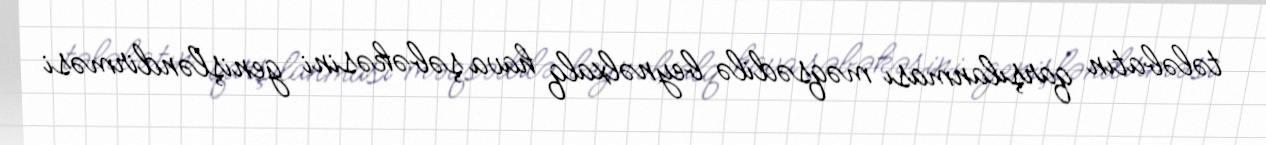
tələbatın qarşılanması məqsədilə beynəlxalq hava şəbəkəsini genişləndirməsi